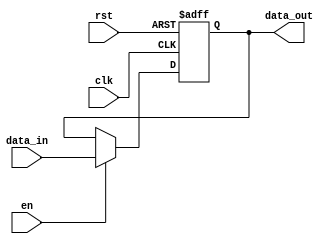
module InputRegister #(
    parameter WIDTH = 8 // Define the width of the register (default is 8 bits)
)(
    input wire clk,        // Clock signal
    input wire rst,        // Reset signal (active high)
    input wire en,         // Enable signal
    input wire [WIDTH-1:0] data_in, // Input data
    output reg [WIDTH-1:0] data_out // Output data
);

// Sequential logic for the Input Register
always @(posedge clk or posedge rst) begin
    if (rst) begin
        // Asynchronous reset: initialize data_out to zero
        data_out <= {WIDTH{1'b0}};
    end else if (en) begin
        // Capture input data when enable is asserted
        data_out <= data_in;
    end
    // If enable is not asserted, data_out retains its previous value
end

endmodule